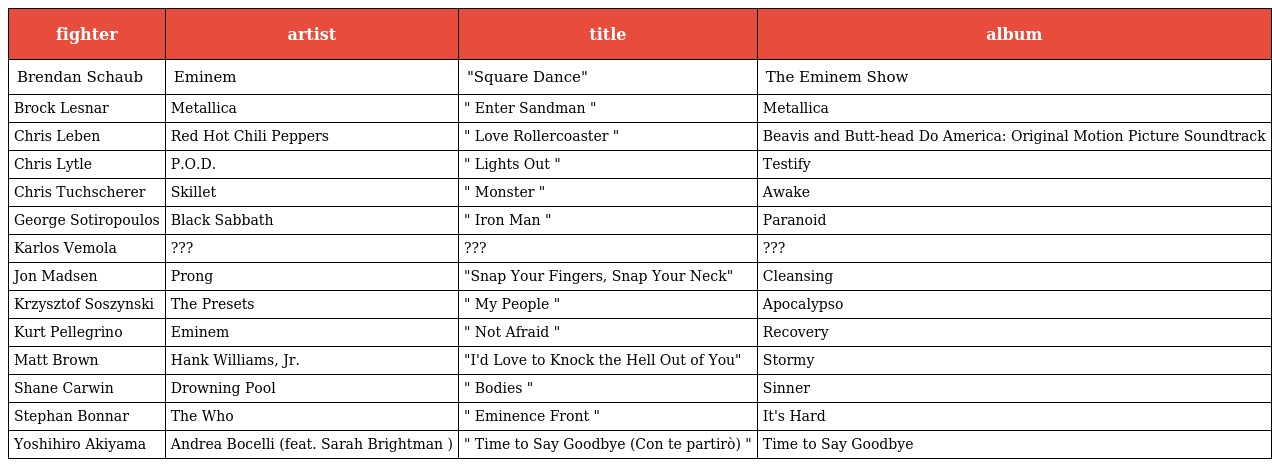
| fighter | artist | title | album |
 | --- | --- | --- | --- |
 | Brendan Schaub | Eminem | "Square Dance" | The Eminem Show |
 | Brock Lesnar | Metallica | " Enter Sandman " | Metallica |
 | Chris Leben | Red Hot Chili Peppers | " Love Rollercoaster " | Beavis and Butt-head Do America: Original Motion Picture Soundtrack |
 | Chris Lytle | P.O.D. | " Lights Out " | Testify |
 | Chris Tuchscherer | Skillet | " Monster " | Awake |
 | George Sotiropoulos | Black Sabbath | " Iron Man " | Paranoid |
 | Karlos Vemola | ??? | ??? | ??? |
 | Jon Madsen | Prong | "Snap Your Fingers, Snap Your Neck" | Cleansing |
 | Krzysztof Soszynski | The Presets | " My People " | Apocalypso |
 | Kurt Pellegrino | Eminem | " Not Afraid " | Recovery |
 | Matt Brown | Hank Williams, Jr. | "I'd Love to Knock the Hell Out of You" | Stormy |
 | Shane Carwin | Drowning Pool | " Bodies " | Sinner |
 | Stephan Bonnar | The Who | " Eminence Front " | It's Hard |
 | Yoshihiro Akiyama | Andrea Bocelli (feat. Sarah Brightman ) | " Time to Say Goodbye (Con te partirò) " | Time to Say Goodbye |